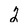
Character: 2